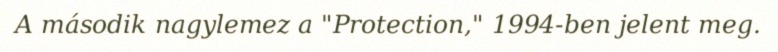
A második nagylemez a "Protection," 1994-ben jelent meg.